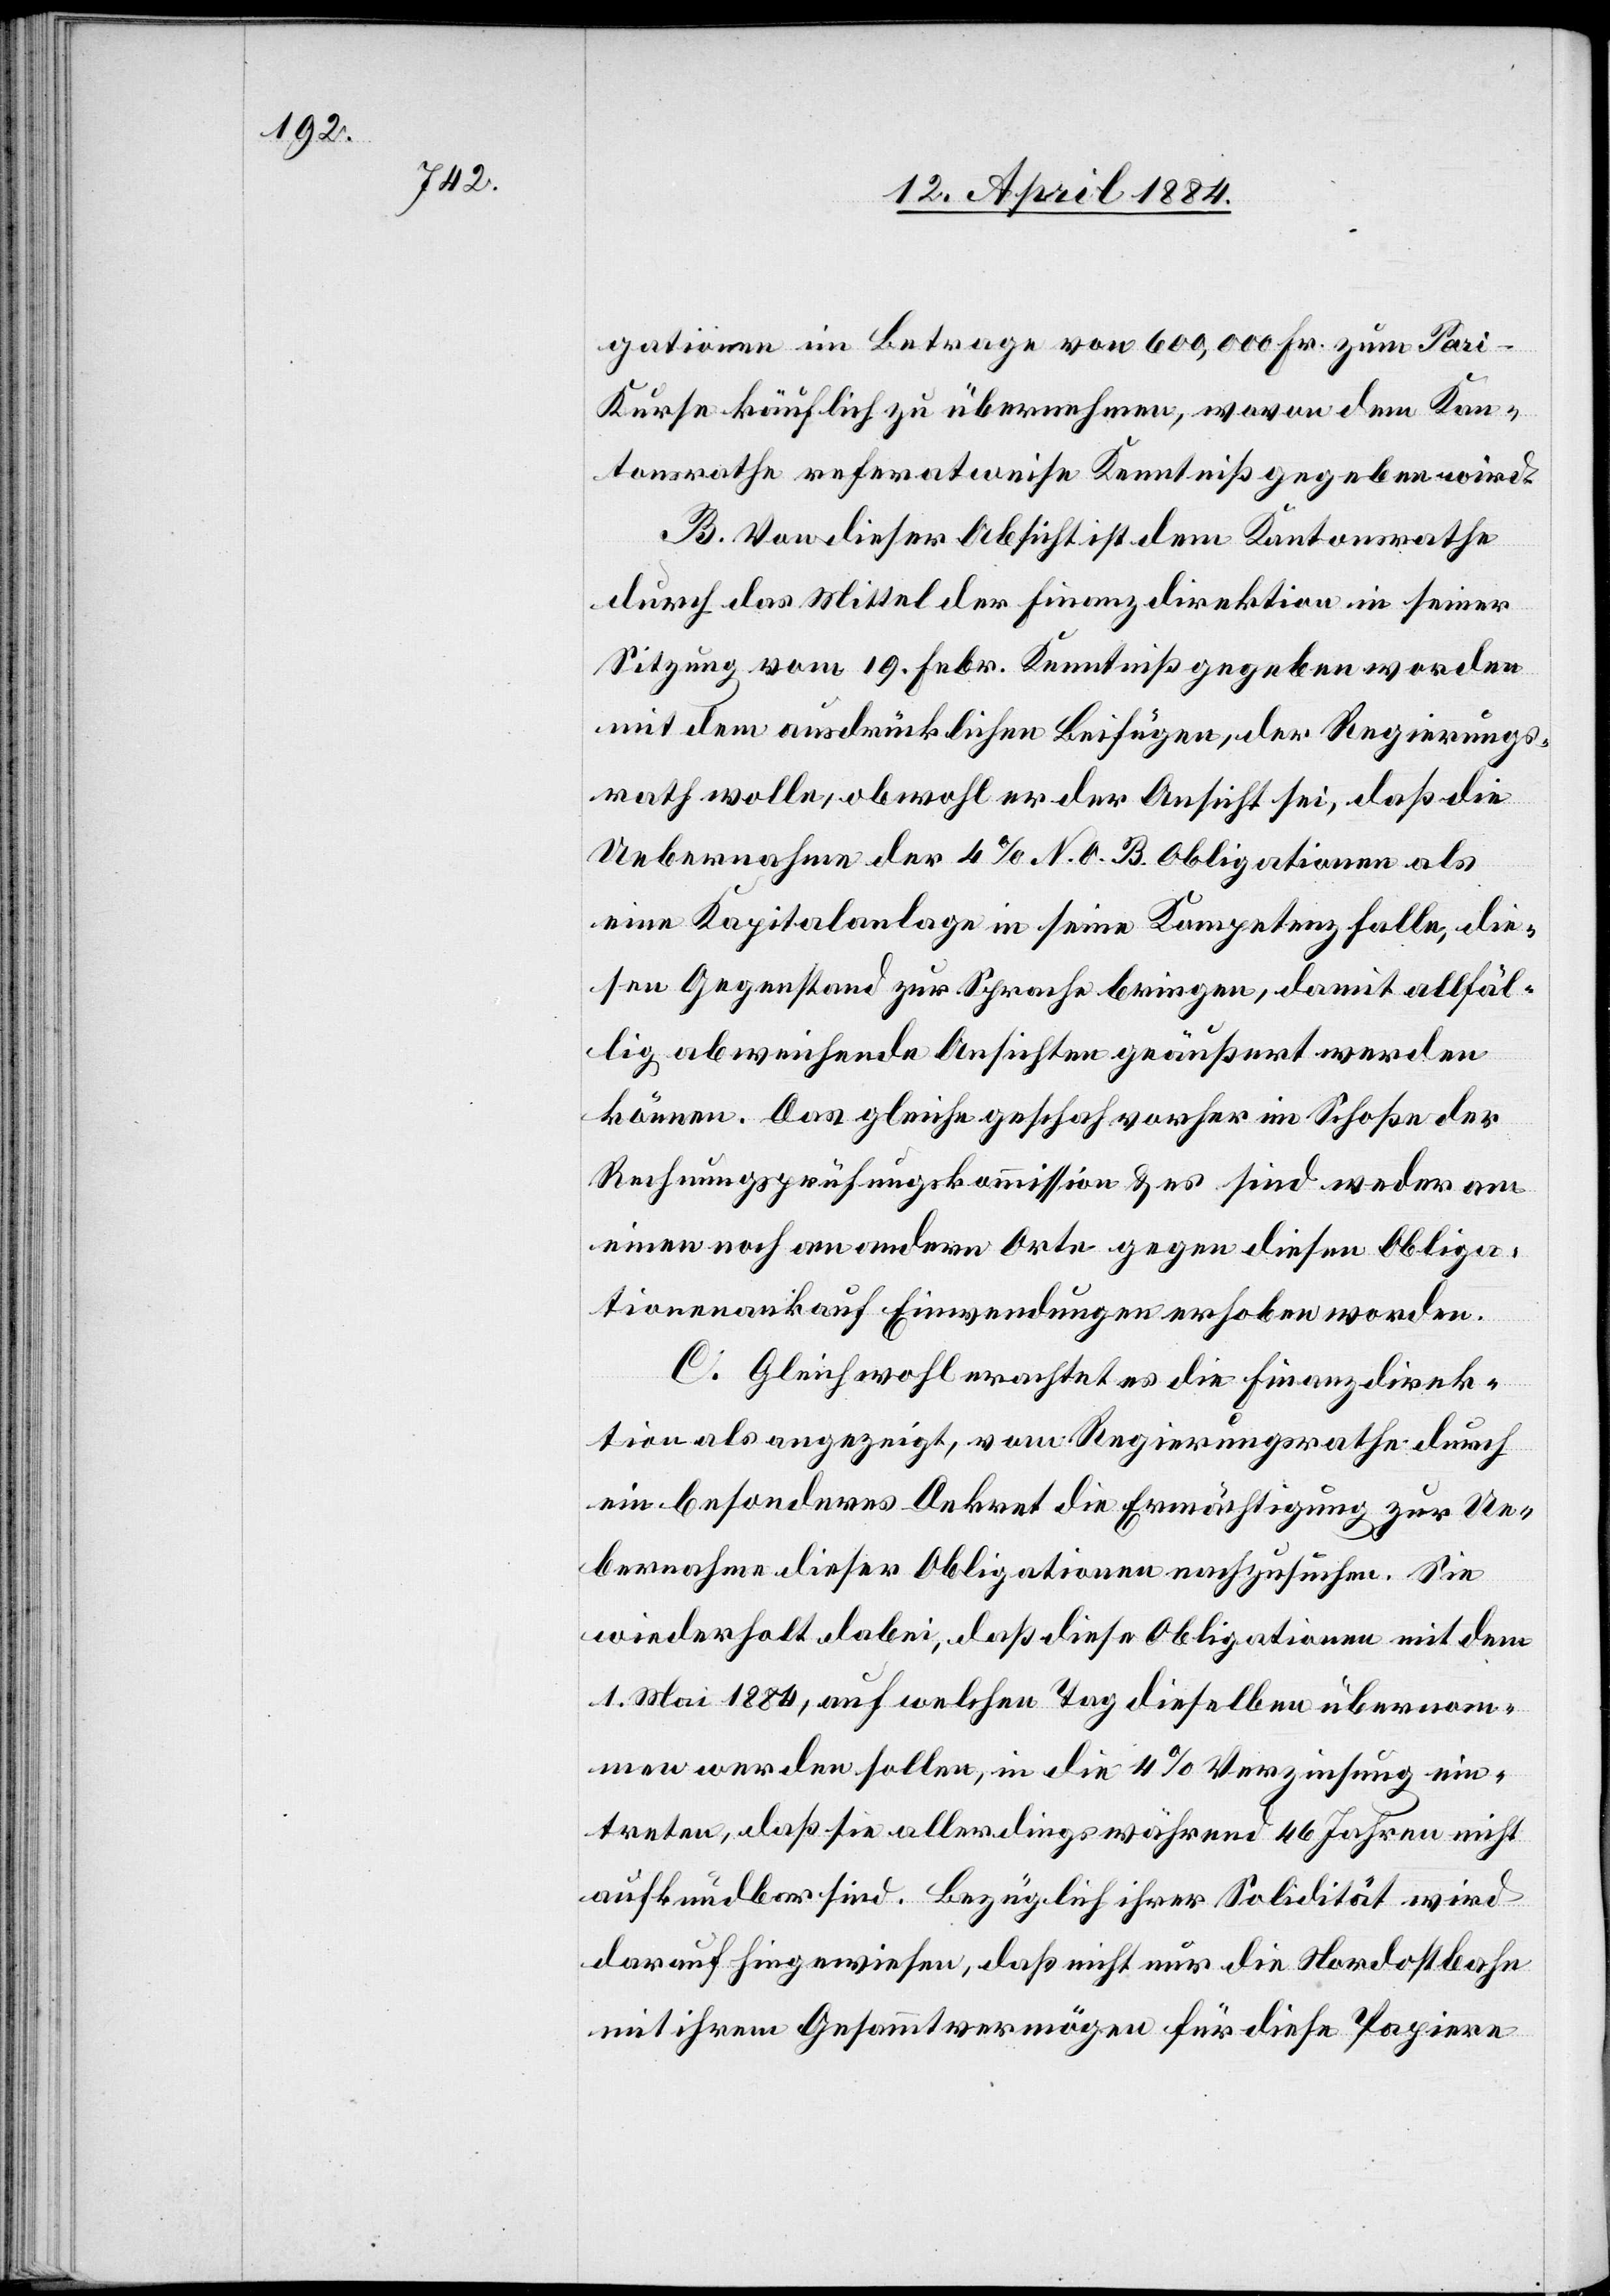
gationen im Betrage von 600,000 Fr. zum Par¬
i-Kurse käuflich zu übernehmen, wovon dem Kan¬
tonsrathe referatweise Kenntniß gegeben wird.
B. Von dieser Absicht ist dem Kantonsrathe
durch das Mittel der Finanzdirektion in seiner
Sitzung vom 19. Febr. Kenntniß gegeben worden
mit dem ausdrücklichen Beifügen, der Regierungs¬
rath wolle, obwohl er der Ansicht sei, daß die
Uebernahme der 4% N. O. B. Obligationen als
eine Kapitalanlage in seine Kompetenz falle, die¬
sen Gegenstand zur Sprache bringen, damit allfäl¬
lig abweichende Ansichten geäußert werden
können. Das Gleiche geschah vorher im Schoße der
Rechnungsprüfungskommission & es sind weder am
einen noch an andern Orte gegen diesen Obliga¬
tionenankauf Einwendungen erhoben worden.
C. Gleichwohl erachtet es die Finanzdirek¬
tion als angezeigt, vom Regierungsrathe durch
ein besonderes Dekret die Ermächtigung zur Ue¬
bernahme dieser Obligationen nachzusuchen. Sie
wiederholt dabei, daß diese Obligationen mit dem
1. Mai 1884, auf welchen Tag dieselben übernom¬
men werden sollen, in die 4% Verzinsung ein¬
treten, daß sie allerdings während 46 Jahren nicht
aufkündbar sind. Bezüglich ihrer Solidarität wird
darauf hingewiesen, daß nicht nur die Nordostbahn
mit ihrem Gesammtvermögen für diese Papiere